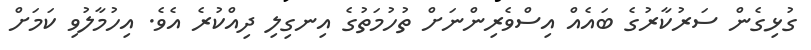
ގުޅިގެން ސަރުކާރުގެ ބައެއް އިސްވެރިންނަށް ތުހުމަތުގެ އިނގިލި ދިއްކުރެ އެވެ. އިހުމާލުވި ކަމަށް